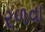
રળવા